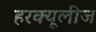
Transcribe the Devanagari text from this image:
हरक्यूलीज